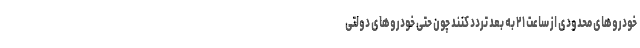
خودروهای محدودی از ساعت ۲۱ به بعد تردد کنند چون حتی خودروهای دولتی